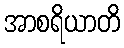
အာစရိယာတိ